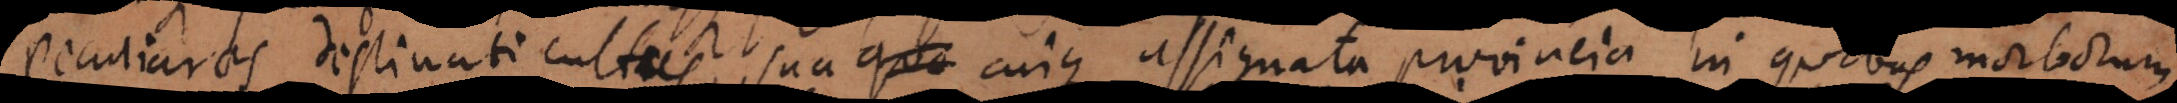
peculiares destinati cultus, sua quo cuique assignata provincia, in quibus morborum